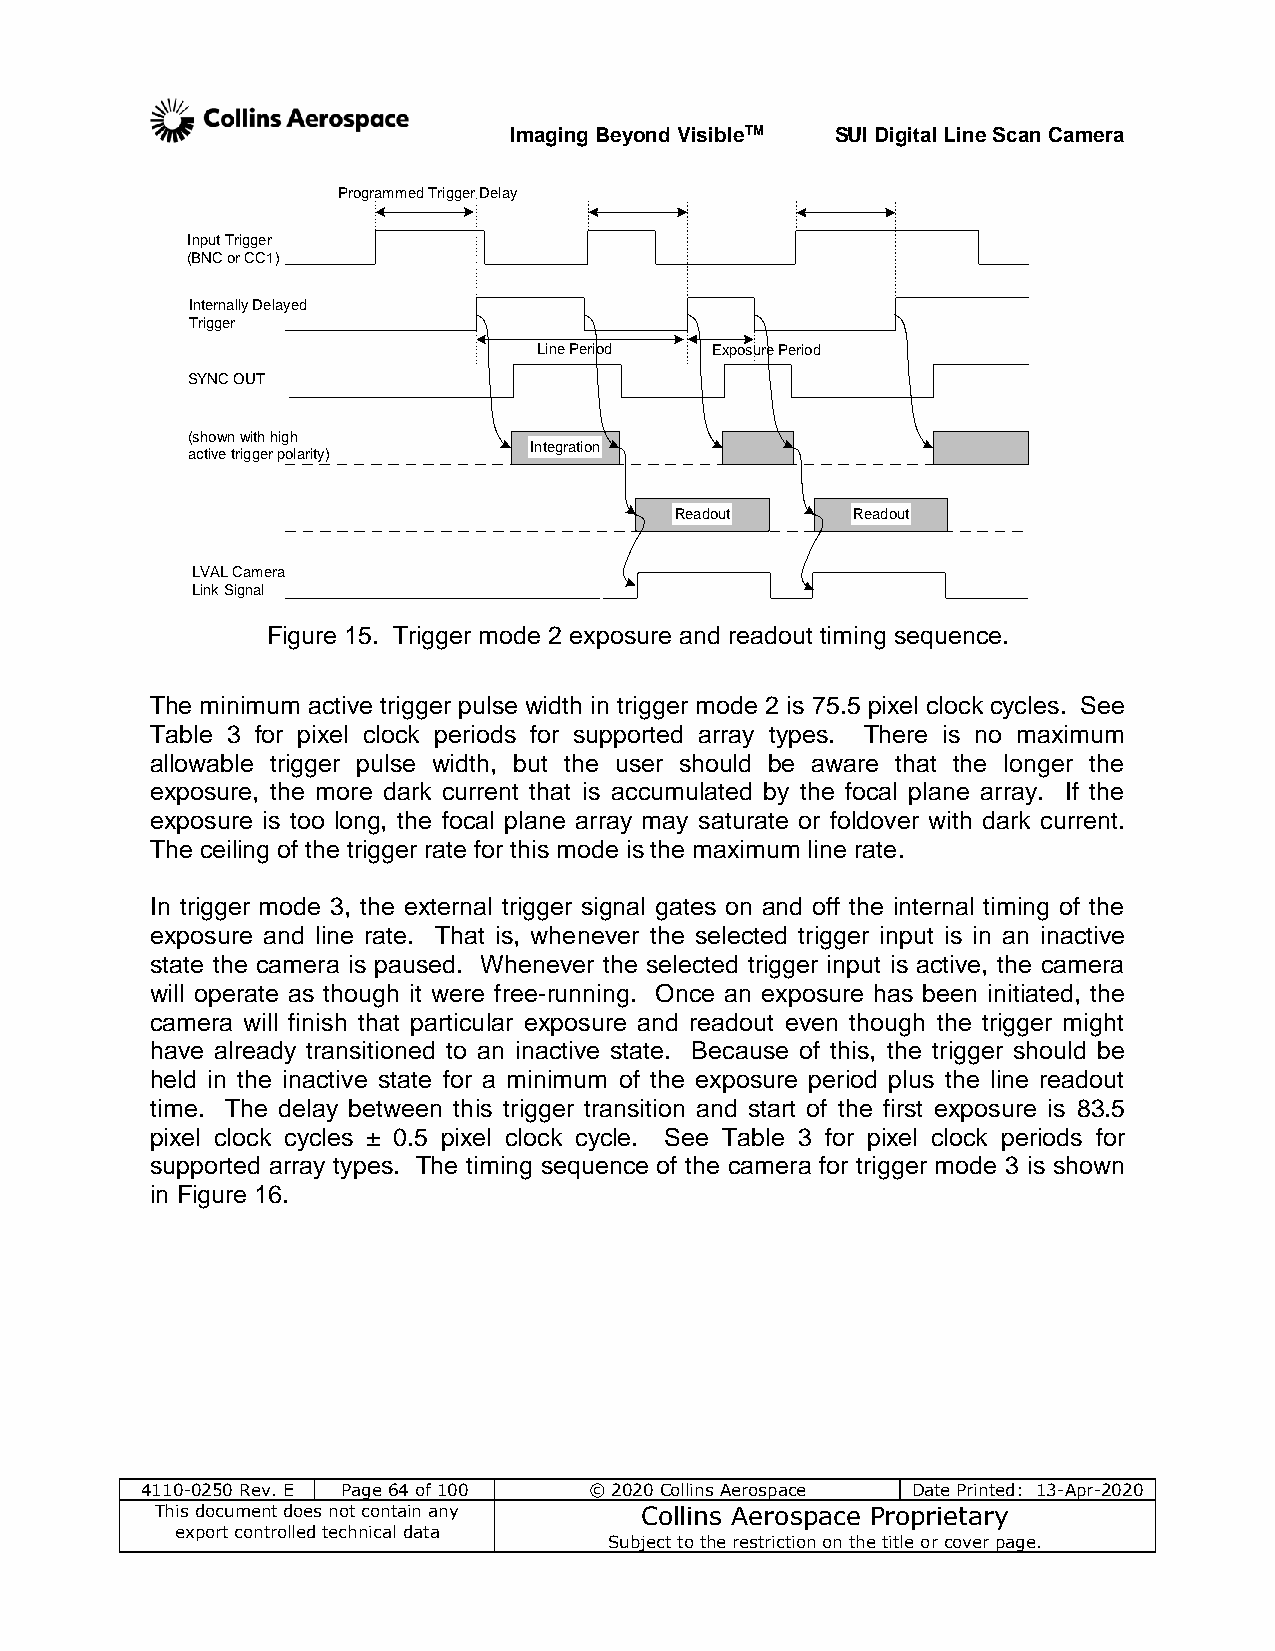
Imaging Beyond VisibleTM SUI Digital Line Scan Camera
 Programmed Trigger Delay
 Input Trigger
 (BNC or CC1)
 Internally Delayed
 Trigger
 Line Period Exposure Period
 SYNC OUT
 (shown with high
 Integration
 active trigger polarity)
 Readout    Readout
 LVAL Camera
 Link Signal
 Figure 15. Trigger mode 2 exposure and readout timing sequence.
 The minimum active trigger pulse width in trigger mode 2 is 75.5 pixel clock cycles. See
 Table 3 for pixel clock periods for supported array types. There is no maximum
 allowable trigger pulse width, but the user should be aware that the longer the
 exposure, the more dark current that is accumulated by the focal plane array. If the
 exposure is too long, the focal plane array may saturate or foldover with dark current.
 The ceiling of the trigger rate for this mode is the maximum line rate.
 In trigger mode 3, the external trigger signal gates on and off the internal timing of the
 exposure and line rate. That is, whenever the selected trigger input is in an inactive
 state the camera is paused. Whenever the selected trigger input is active, the camera
 will operate as though it were free-running. Once an exposure has been initiated, the
 camera will finish that particular exposure and readout even though the trigger might
 have already transitioned to an inactive state. Because of this, the trigger should be
 held in the inactive state for a minimum of the exposure period plus the line readout
 time. The delay between this trigger transition and start of the first exposure is 83.5
 pixel clock cycles ± 0.5 pixel clock cycle. See Table 3 for pixel clock periods for
 supported array types. The timing sequence of the camera for trigger mode 3 is shown
 in Figure 16.
 4110-0250 Rev. E Page 64 of 100 © 2020 Collins Aerospace Date Printed: 13-Apr-2020
 This document does not contain any Collins Aerospace Proprietary
 export controlled technical data
 Subject to the restriction on the title or cover page.